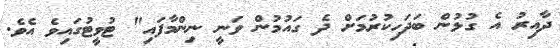
ދާއިރު އެ ގުޅުން ބަދަހިކުރުމަށް ދެ ގައުމުން ވަނީ ނިންމާފައި" ޓުވީޓުގައިވެ އެވެ.